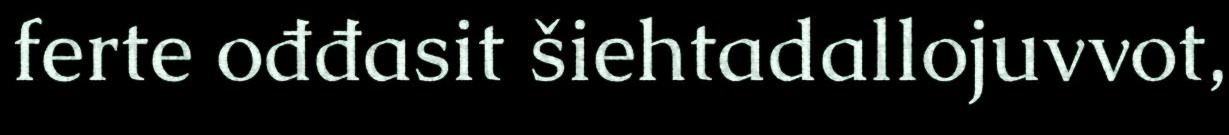
ferte ođđasit šiehtadallojuvvot,